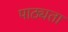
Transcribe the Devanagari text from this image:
पाठ्यता